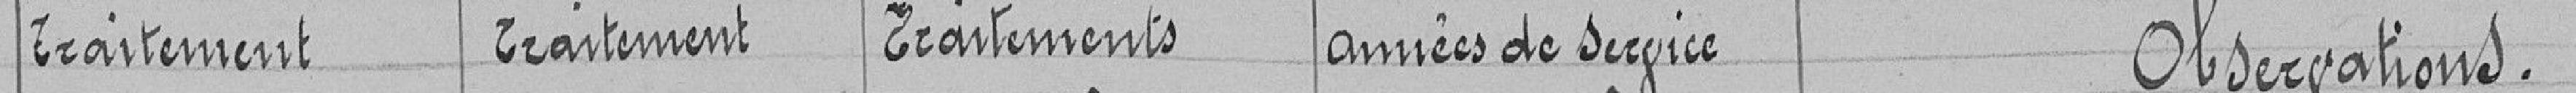
Traitement Traitement Traitements années de service